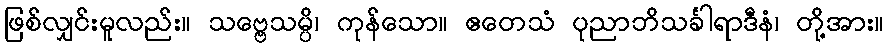
ဖြစ်လျှင်းမူလည်း။ သဗ္ဗေသမ္ပိ၊ ကုန်သော။ ဧတေသံ ပုညာဘိသင်္ခါရာဒီနံ၊ တို့အား။